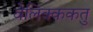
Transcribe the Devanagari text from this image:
वेलिक्ककतु